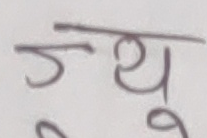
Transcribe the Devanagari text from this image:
ज्यू